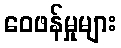
ဝေဖန်မှုများ